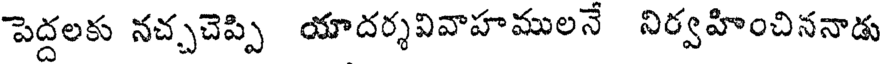
పెద్దలకు నచ్చచెప్పి యాదర్శవివాహములన నిర్వహించిననాడు